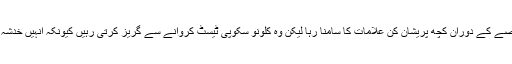
ڈیلی میل کی رپورٹ کے مطابق کم میکولن نے بتایا کہ انہیں حمل کے تمام عرصے کے دوران کچھ پریشان کن علامات کا سامنا رہا لیکن وہ کلونو سکوپی ٹیسٹ کروانے سے گریز کرتی رہیں کیونکہ انہیں خدشہ تھا کہ اس کی وجہ سے بچے کی قبل از وقت پیدائش کا مسئلہ لاحق ہوسکتا ہے۔